Report on vaccination in the Province of Bengal - 1869-1873
Year: 1869
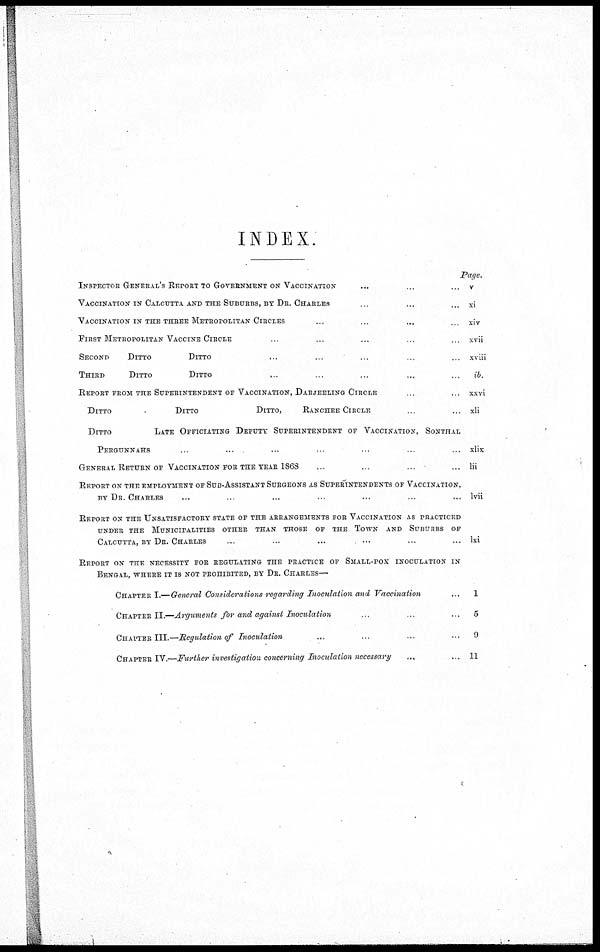
INDEX.
INSPECTOR GENERAL' S REPORT TO GOVERNMENT ON VACCINATION... ...
VACCINATION IN CALCUTTA AND THE SUBURBS, BY DR. CHARLES... ...
VACCINATION IN THE THREE METROPOLITAN CIRCLES... ...
FIRST METROPOLITAN VACCINE CIRCLE... ...
SECOND
DITTO DITTO... ... ...
THIRD
DITTO DITTO... ... ...
REPORT FROM THE SUPERINTENDENT OF VACCINATION, DARJEELING CIRCLE
DITTO
DITTO
DITTO,
RANCHEE CIRCLE
DITTO
LATE OFFICIATING DEPUTY SUPERINTENDENT OF VACCINATION, SONTHAL
PERGUNNAHS... ... ...
GENERAL RETURN OF VACCINATION FOR THE YEAR 1863... ... ...
REPORT ON THE EMPLOYMENT OF SUB-ASSISTANT SURGEONS AS SUPERINTENDENTS OF VACCINATION,
BY DR. CHARLES... ...
REPORT ON THE UNSATISFACTORY STATE OF THE ARRANGEMENTS FOR VACCINATION AS PRACTICED
UNDER THE MUNICIPALITIES OTHER THAN THOSE OF THE TOWN AND SUBURBS OF
CALCUTTA, BY DR. CHARLES... ...
REPORT ON THE NECESSITY FOR REGULATING THE PRACTICE OF SMALL-POX INOCULATION IN
BENGAL, WHERE IT IS NOT PROHIBITED, BY DR. CHARLES—
CHAPTER I.—General Considerations regarding Inoculation and Vaccination
CHAPTER II.—Arguments for and against Inoculation
CHAPTER III.—Regulation of Inoculation
CHAPTER IV.—Further investigation concerning Inoculation necessary... ...
Page.
v
xi
xiv
xvii
xviii
ib.
xxvi
xli
xlix
lii
Ivii
lxi
1
5
9
11